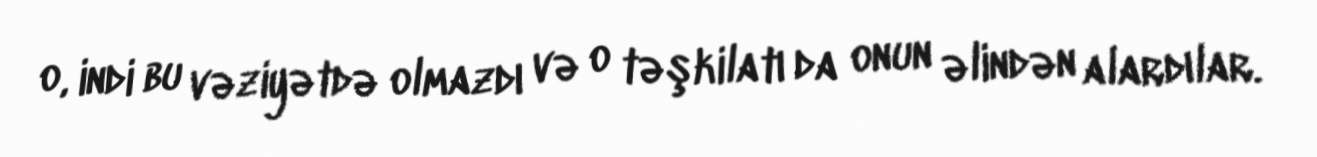
o, indi bu vəziyətdə olmazdı və o təşkilatı da onun əlindən alardılar.